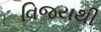
વિજયથી